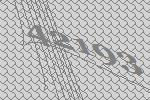
42193